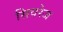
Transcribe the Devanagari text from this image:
सिवरेज